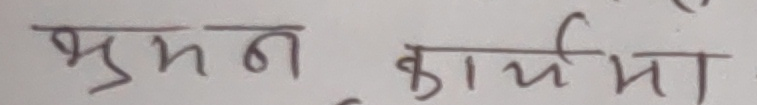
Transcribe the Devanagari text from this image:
भमन कार्यमा